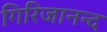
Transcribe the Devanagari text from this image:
गिरिजानन्द